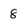
Character: 8